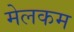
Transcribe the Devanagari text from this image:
मेलकम